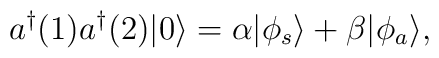
a^{\dagger}(1) a^{\dagger}(2)|0\rangle=\alpha |\phi_{s}\rangle + \beta |\phi_{a}\rangle,